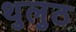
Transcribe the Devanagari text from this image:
थुलुठ